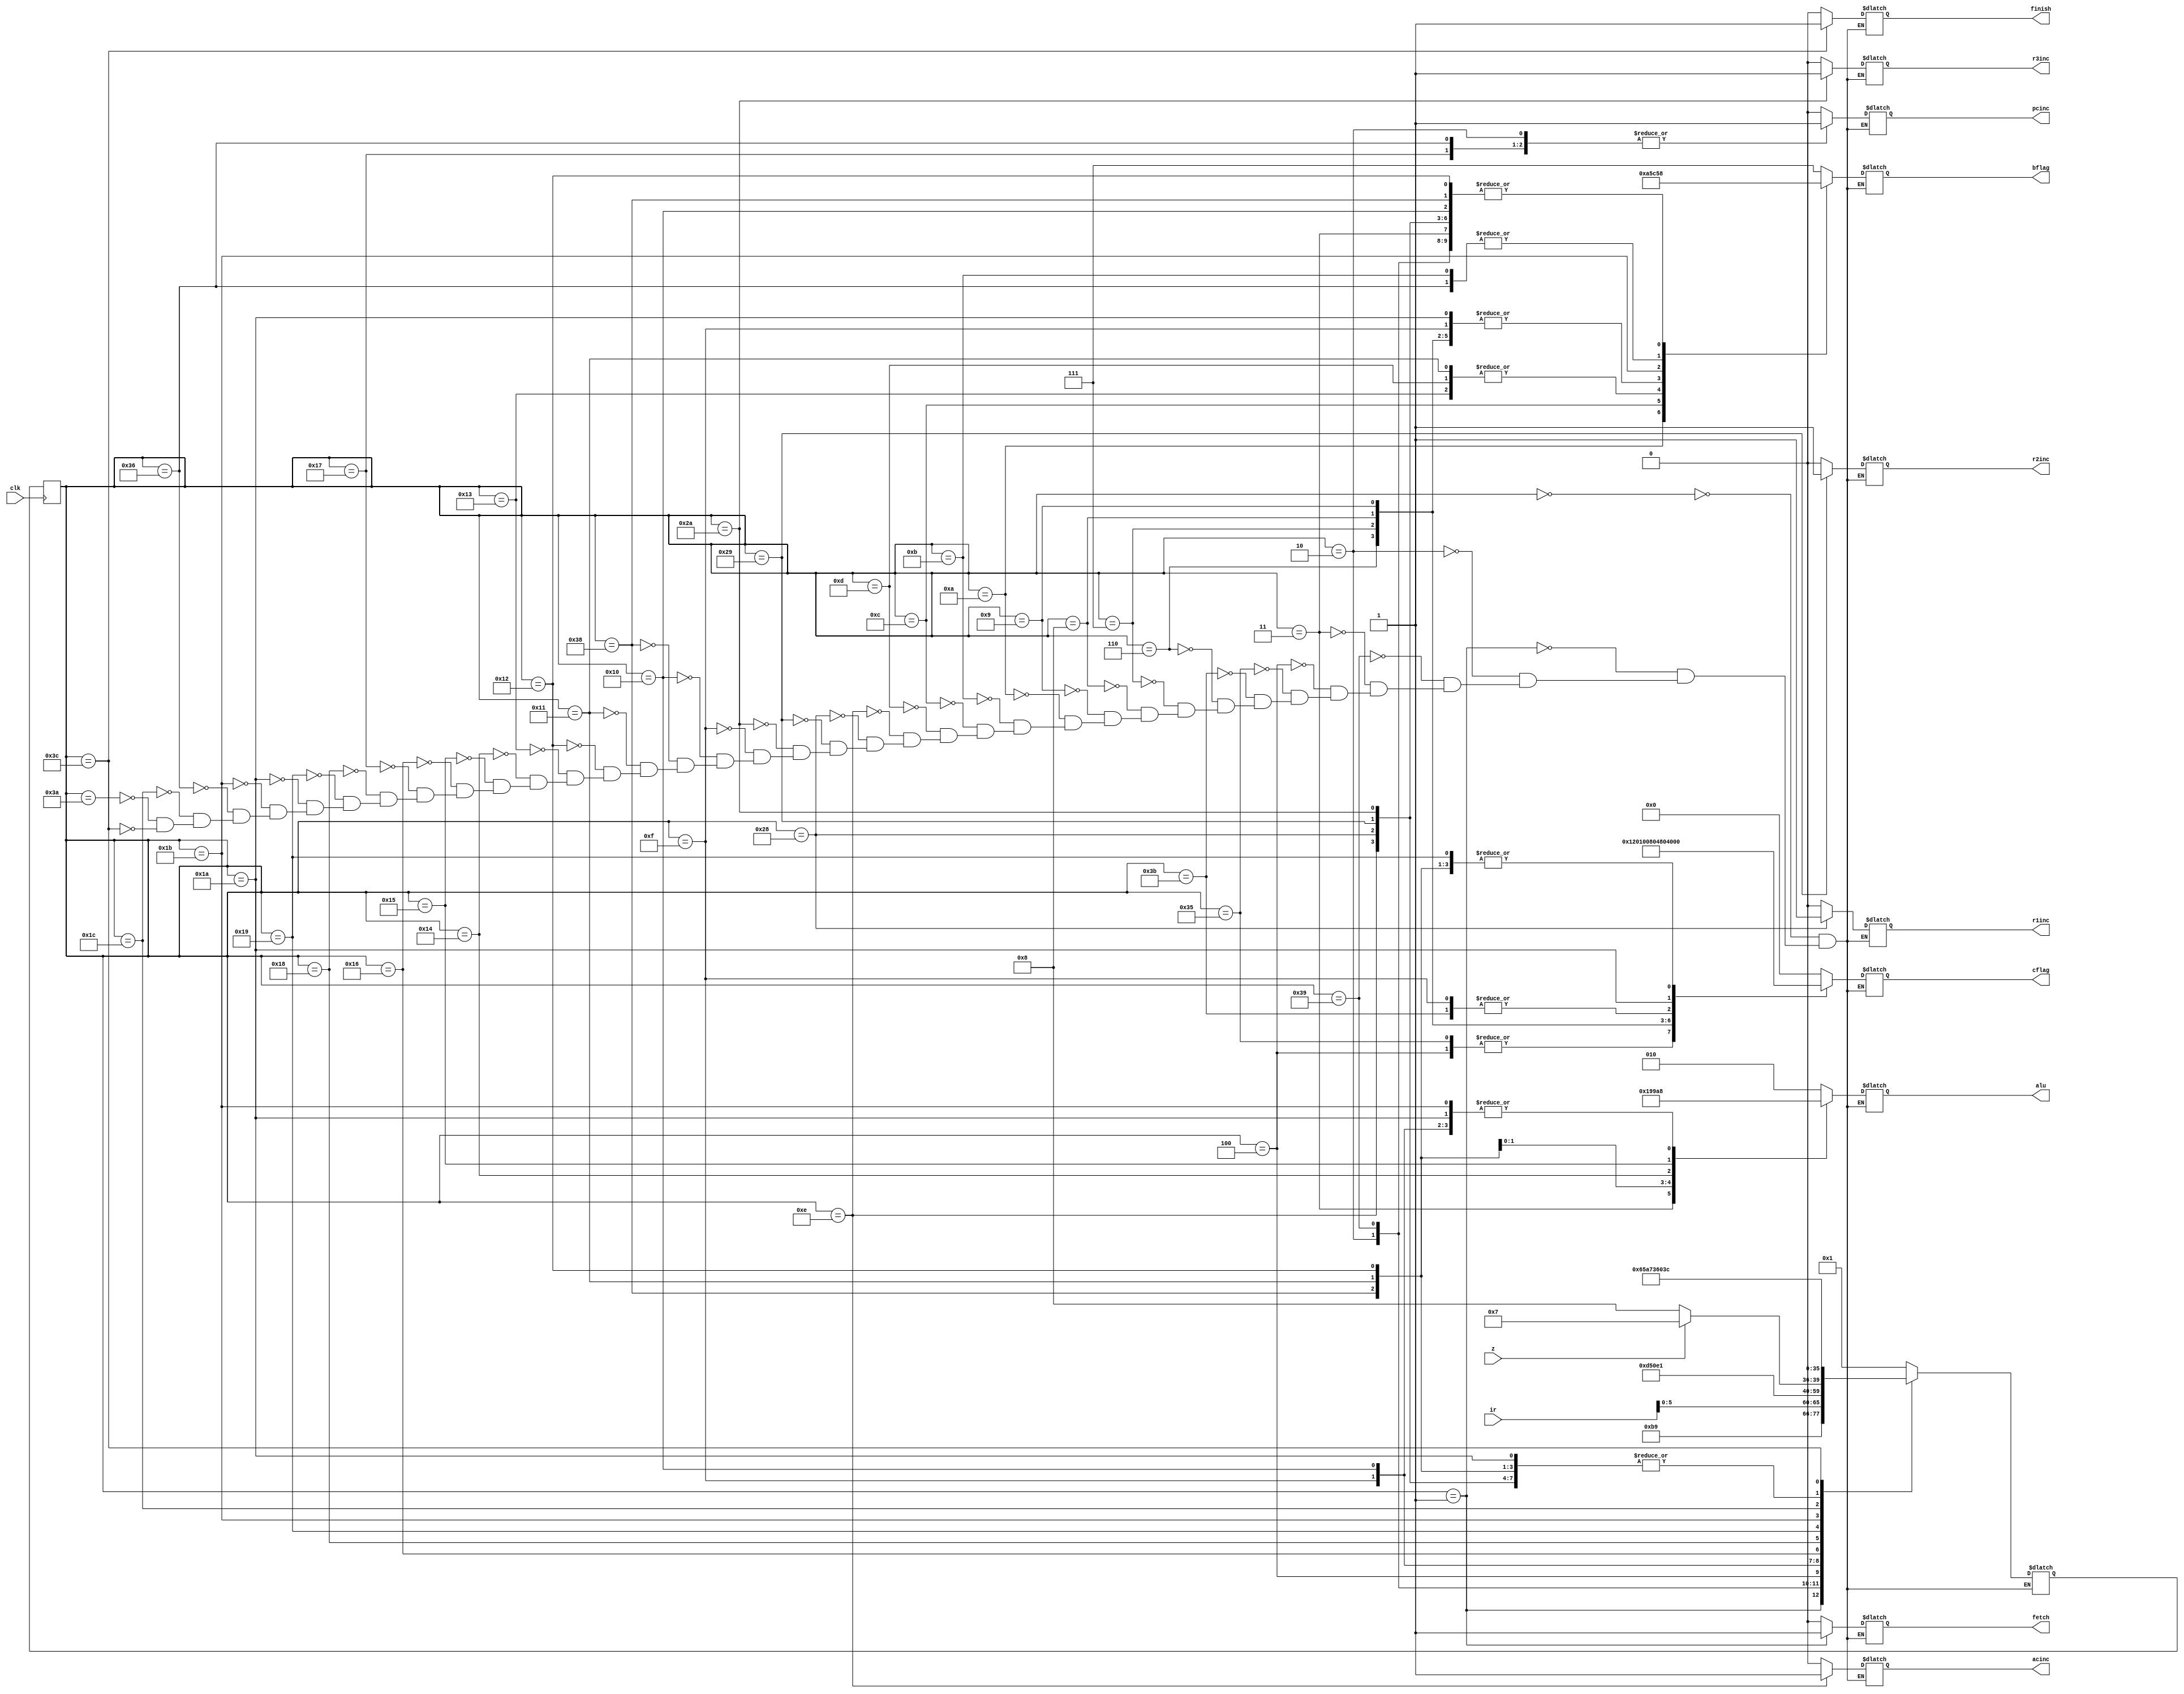
module state_machine(
	clk,
	z,
	ir,
	pcinc,
	r1inc,
	r2inc,
	r3inc,
	acinc,
	bflag,
	alu,
	fetch,
	cflag,
	finish);
	
 input clk; // clock
 input z;  // ALU zero or not
 input [7:0] ir; // instruction register
 output reg pcinc; // increase program counter by one
 output reg r1inc; // increase register1 by one
 output reg r2inc; // increase register2 by one
 output reg r3inc; // increase register3 by one
 output reg acinc; // increase accumulator register by one
 output reg fetch; // enable data write from bus to IR 
 output reg finish=0; // indicates end of processing state
 output reg [2:0] alu; // operator to the ALU
 output reg [2:0] bflag; // controls output to B bus through mux
 output reg [7:0] cflag; // write data to each of eight registers (AR,PC,R1,R2,R3,R,AC,M)
  
 reg [5:0] PS, NS = FETCH1; // PS: present state, NS: next state
  
 parameter 
 FETCH1  =6'd0, 
 FETCH2  =6'd1, 
 FETCH3  =6'd2, 
 FETCH4  =6'd57, 
 CLAC1   =6'd3, 
 MVACAR1  =6'd59, 
 STAC1   =6'd4, 
 STAC2   =6'd53, 
 MVACRI1  =6'd6, 
 MVACRII1  =6'd7, 
 MVACRIII1 =6'd8, 
 MVACR1  =6'd9, 
 MVRIAC1  =6'd10, 
 MVRIIAC1  =6'd11, 
 MVRIIIAC1 =6'd12, 
 MVRAC1  =6'd13, 
 INAC1     =6'd14, 
 INCR1   =6'd40, 
 INCR2   =6'd41, 
 INCR3   =6'd42,  
 LDAC1     =6'd15, 
 LDAC2     =6'd16, 
 LDAC3     =6'd56, 
 SUB1      =6'd17, 
 DECAC1   =6'd18, 
 ADD1    =6'd19, 
 DIV21    =6'd20, 
 BYTESHIFT1  =6'd21, 
 JUMPNZ1     =6'd22, 
 JUMPNZY1    =6'd23, 
 JUMPNZN1    =6'd24, 
 JUMPNZN2    =6'd25, 
 JUMPNZN3    =6'd26, 
 JUMPNZNSKIP =6'd55, 
 ADDM1       =6'd27, 
 ADDM2       =6'd28, 
 ADDMPC  =6'd54, 
 NOP   =6'd58, 
 END   =6'd60; 
  
 always@(negedge clk) PS<=NS; 
 
 always@(PS or z or ir) 
  case(PS)
   FETCH1:begin // instruction loaded to bus from IRAM
    pcinc<=0; 
    r1inc<=0; 
    r2inc<=0; 
    r3inc<=0; 
    acinc<=0; 
    fetch<=0; 
    finish<=0; 
    bflag<=3'd7; 
    alu<=3'd2; 
    cflag<=8'b00000000; 
    NS<=FETCH2; 
   end 
   FETCH2:begin // bus value written to IR
    pcinc<=0; 
    r1inc<=0; 
    r2inc<=0; 
	 r3inc<=0; 
    acinc<=0; 
    fetch<=1; 
    finish<=0; 
    bflag<=3'd7; 
    alu<=3'd2; 
    cflag<=8'b00000000; 
    NS<=FETCH3; 
   end 
   FETCH3:begin // program counter increased 
    pcinc<=1; 
    r1inc<=0; 
    r2inc<=0; 
    r3inc<=0; 
    acinc<=0; 
    fetch<=0; 
    finish<=0; 
    bflag<=3'd0; 
    alu<=3'd2; 
    cflag<=8'b00000000; 
    NS<=FETCH4; 
   end 
   FETCH4:begin // IR value loaded to state machine
    pcinc<=0; 
    r1inc<=0; 
    r2inc<=0; 
    r3inc<=0; 
    acinc<=0; 
    fetch<=0;  
	 finish<=0; 
    bflag<=3'd0; 
    alu<=3'd2; 
    cflag<=8'b00000000; 
    NS<=ir[5:0]; 
   end 
   CLAC1:begin // clears accumulator
    pcinc<=0; 
    r1inc<=0; 
    r2inc<=0; 
    r3inc<=0; 
    acinc<=0; 
    fetch<=0; 
    finish<=0; 
    bflag<=3'd0; 
    alu<=3'd3; 
    cflag<=8'b00000010; 
    NS<=FETCH1; 
   end 
   STAC1:begin // update AC from ALU output, 
    pcinc<=0; 
    r1inc<=0; 
    r2inc<=0; 
    r3inc<=0; 
    acinc<=0; 
    fetch<=0; 
    finish<=0; 
    bflag<=3'd6; 
    alu<=3'd0; 
    cflag<=8'b00000001; 
    NS<=STAC2; 
   end
	STAC2:begin // 
    pcinc<=0; 
    r1inc<=0; 
    r2inc<=0; 
    r3inc<=0; 
    acinc<=0; 
    fetch<=0; 
    finish<=0; 
    bflag<=3'd6; 
    alu<=3'd0; 
    cflag<=8'b00000001; 
    NS<=FETCH1; 
   end 
   MVACAR1:begin // 
    pcinc<=0; 
    r1inc<=0; 
    r2inc<=0; 
    r3inc<=0; 
    acinc<=0; 
    fetch<=0; 
    finish<=0; 
    bflag<=3'd6; 
    alu<=3'd0; 
	 cflag<=8'b10000000; 
    NS<=FETCH1; 
   end 
	MVACRI1:begin 
    pcinc<=0; 
    r1inc<=0; 
    r2inc<=0; 
    r3inc<=0; 
    acinc<=0; 
    fetch<=0; 
    finish<=0; 
    bflag<=3'd6; 
    alu<=3'd0; 
    cflag<=8'b00100000; 
    NS<=FETCH1; 
   end 
   MVACRII1:begin 
    pcinc<=0; 
    r1inc<=0; 
    r2inc<=0; 
    r3inc<=0; 
    acinc<=0; 
    fetch<=0; 
    finish<=0; 
    bflag<=3'd6; 
    alu<=3'd0; 
    cflag<=8'b00010000; 
    NS<=FETCH1; 
   end 
   MVACRIII1:begin 
    pcinc<=0; 
    r1inc<=0; 
	 r2inc<=0; 
    r3inc<=0; 
    acinc<=0; 
    fetch<=0; 
    finish<=0; 
    bflag<=3'd6; 
    alu<=3'd0; 
    cflag<=8'b00001000; 
    NS<=FETCH1; 
   end 
   MVACR1:begin 
    pcinc<=0; 
    r1inc<=0; 
    r2inc<=0; 
    r3inc<=0; 
    acinc<=0; 
    fetch<=0; 
    finish<=0; 
    bflag<=3'd6; 
    alu<=3'd0; 
    cflag<=8'b00000100; 
    NS<=FETCH1; 
   end 
   MVRIAC1:begin 
    pcinc<=0; 
    r1inc<=0; 
    r2inc<=0; 
    r3inc<=0; 
    acinc<=0; 
	 fetch<=0; 
    finish<=0; 
    bflag<=3'd2; 
    alu<=3'd2; 
    cflag<=8'b00000010; 
    NS<=FETCH1; 
   end 
   MVRIIAC1:begin 
    pcinc<=0; 
    r1inc<=0; 
    r2inc<=0; 
    r3inc<=0; 
    acinc<=0; 
    fetch<=0; 
    finish<=0; 
    bflag<=3'd3; 
    alu<=3'd2; 
    cflag<=8'b00000010; 
    NS<=FETCH1; 
   end 
   MVRIIIAC1:begin 
    pcinc<=0; 
    r1inc<=0; 
    r2inc<=0; 
    r3inc<=0; 
    acinc<=0; 
    fetch<=0; 
    finish<=0; 
    bflag<=3'd4; 
	 alu<=3'd2; 
    cflag<=8'b00000010; 
    NS<=FETCH1; 
   end 
   MVRAC1:begin 
    pcinc<=0; 
    r1inc<=0; 
    r2inc<=0; 
    r3inc<=0; 
    acinc<=0; 
    fetch<=0; 
    finish<=0; 
    bflag<=3'd5; 
    alu<=3'd2; 
    cflag<=8'b00000010; 
    NS<=FETCH1; 
   end 
   INAC1:begin 
    pcinc<=0; 
    r1inc<=0; 
    r2inc<=0; 
    r3inc<=0; 
    acinc<=1; 
    fetch<=0; 
    finish<=0; 
    bflag<=3'd0; 
    alu<=3'd0; 
    cflag<=8'b00000000; 
    NS<=FETCH1; 
	 end 
   INCR1:begin 
    pcinc<=0; 
    r1inc<=1; 
    r2inc<=0; 
    r3inc<=0; 
    acinc<=0; 
    fetch<=0; 
    finish<=0; 
    bflag<=3'd0; 
    alu<=3'd0; 
    cflag<=8'b00000000; 
    NS<=FETCH1; 
   end 
   INCR2:begin 
    pcinc<=0; 
    r1inc<=0; 
    r2inc<=1; 
    r3inc<=0; 
    acinc<=0; 
    fetch<=0; 
    finish<=0; 
    bflag<=3'd0; 
    alu<=3'd0; 
    cflag<=8'b00000000; 
    NS<=FETCH1; 
   end 
   INCR3:begin 
    pcinc<=0; 
	 r1inc<=0; 
    r2inc<=0; 
    r3inc<=1; 
    acinc<=0; 
    fetch<=0; 
    finish<=0; 
    bflag<=3'd0; 
    alu<=3'd0; 
    cflag<=8'b00000000; 
    NS<=FETCH1; 
   end 
   LDAC1:begin 
    pcinc<=0; 
    r1inc<=0; 
    r2inc<=0; 
    r3inc<=0; 
    acinc<=0; 
    fetch<=0; 
    finish<=0; 
    bflag<=3'd6; 
    alu<=3'd0; 
    cflag<=8'b10000000; 
    NS<=LDAC2; 
   end 
   LDAC2:begin 
    pcinc<=0; 
    r1inc<=0; 
    r2inc<=0; 
    r3inc<=0; 
	 acinc<=0; 
    fetch<=0; 
    finish<=0; 
    bflag<=3'd0; 
    alu<=3'd0; 
    cflag<=8'b00000000; 
    NS<=LDAC3; 
   end 
   LDAC3:begin 
    pcinc<=0; 
    r1inc<=0; 
    r2inc<=0; 
    r3inc<=0; 
    acinc<=0; 
    fetch<=0; 
    finish<=0; 
    bflag<=3'd0; 
    alu<=3'd2; 
    cflag<=8'b00000010; 
    NS<=FETCH1; 
   end 
   SUB1:begin 
    pcinc<=0; 
    r1inc<=0; 
    r2inc<=0; 
    r3inc<=0; 
    acinc<=0; 
     
    fetch<=0; 
	 finish<=0; 
    bflag<=3'd5; 
    alu<=3'd1; 
    cflag<=8'b00000010; 
    NS<=FETCH1; 
   end 
   DECAC1:begin 
    pcinc<=0; 
    r1inc<=0; 
    r2inc<=0; 
    r3inc<=0; 
    acinc<=0; 
    fetch<=0; 
    finish<=0; 
    bflag<=3'd0; 
    alu<=3'd4; 
    cflag<=8'b00000010; 
    NS<=FETCH1; 
   end 
   ADD1:begin 
    pcinc<=0; 
    r1inc<=0; 
    r2inc<=0; 
    r3inc<=0; 
    acinc<=0; 
    fetch<=0; 
    finish<=0; 
    bflag<=3'd5; 
    alu<=3'd0; 
	 cflag<=8'b00000010; 
    NS<=FETCH1; 
   end 
   DIV21:begin 
    pcinc<=0; 
    r1inc<=0; 
    r2inc<=0; 
    r3inc<=0; 
    acinc<=0; 
    fetch<=0; 
    finish<=0; 
    bflag<=3'd0; 
    alu<=3'd6; 
    cflag<=8'b00000010; 
    NS<=FETCH1; 
   end 
   BYTESHIFT1:begin 
    pcinc<=0; 
    r1inc<=0; 
    r2inc<=0; 
    r3inc<=0; 
    acinc<=0; 
    fetch<=0; 
    finish<=0; 
    bflag<=3'd0; 
    alu<=3'd5; 
    cflag<=8'b00000010; 
    NS<=FETCH1; 
   end 
	JUMPNZ1:begin 
    pcinc<=0; 
    r1inc<=0; 
    r2inc<=0; 
    r3inc<=0; 
    acinc<=0; 
    fetch<=0; 
    finish<=0; 
    bflag<=3'd0; 
    alu<=3'd2; 
    cflag<=8'b00000000; 
    if(z)NS<=JUMPNZY1; 
    else NS<=JUMPNZN1; 
   end 
   JUMPNZY1:begin 
    pcinc<=1; 
    r1inc<=0; 
    r2inc<=0; 
    r3inc<=0; 
    acinc<=0; 
    fetch<=0; 
    finish<=0; 
    bflag<=3'd0; 
    alu<=3'd2; 
    cflag<=8'b00000000; 
    NS<=FETCH1; 
   end 
   JUMPNZN1:begin 
    pcinc<=0; 
	 r1inc<=0; 
    r2inc<=0; 
    r3inc<=0; 
    acinc<=0; 
    fetch<=0; 
    finish<=0; 
    bflag<=3'd7; 
    alu<=3'd0; 
    cflag<=8'b00000000; 
    NS<=JUMPNZN2; 
   end 
   JUMPNZN2:begin 
    pcinc<=0; 
    r1inc<=0; 
    r2inc<=0; 
    r3inc<=0; 
    acinc<=0; 
    fetch<=0; 
    finish<=0; 
    bflag<=3'd7; 
    alu<=3'd2; 
    cflag<=8'b00000010; 
    NS<=JUMPNZN3; 
   end 
   JUMPNZN3:begin 
    pcinc<=0; 
    r1inc<=0; 
    r2inc<=0; 
    r3inc<=0; 
	 acinc<=0; 
    fetch<=0; 
    finish<=0; 
    bflag<=3'd6; 
    alu<=3'd0; 
    cflag<=8'b01000000; 
    NS<=FETCH1; 
   end 
   ADDM1:begin 
    pcinc<=0; 
    r1inc<=0; 
    r2inc<=0; 
    r3inc<=0; 
    acinc<=0; 
    fetch<=0; 
    finish<=0; 
    bflag<=3'd1; 
    alu<=3'd0; 
    cflag<=8'b00000000; 
    NS<=ADDM2; 
   end 
   ADDMPC:begin 
    pcinc<=1; 
    r1inc<=0; 
    r2inc<=0; 
    r3inc<=0; 
    acinc<=0; 
    fetch<=0; 
    finish<=0; 
	 bflag<=3'd3; 
    alu<=3'd0; 
    cflag<=8'b00000000; 
    NS<=FETCH1; 
   end 
   ADDM2:begin 
    pcinc<=0; 
    r1inc<=0; 
    r2inc<=0; 
    r3inc<=0; 
    acinc<=0; 
    fetch<=0; 
    finish<=0; 
    bflag<=3'd7; 
    alu<=3'd0; 
    cflag<=8'b00000010; 
    NS<=ADDMPC; 
   end 
   NOP:begin 
    pcinc<=0; 
    r1inc<=0; 
    r2inc<=0; 
    r3inc<=0; 
    acinc<=0; 
    fetch<=0; 
    finish<=0; 
    bflag<=3'd0; 
    alu<=3'd0; 
    cflag<=8'b00000000; 
	 NS<=FETCH1; 
   end 
   END:begin 
    pcinc<=0; 
    r1inc<=0; 
    r2inc<=0; 
    r3inc<=0; 
    acinc<=0; 
    fetch<=0; 
    finish<=1; 
    bflag<=3'd0; 
    alu<=3'd0; 
    cflag<=8'b00000000; 
    NS<=END; 
   end    
    
  endcase 
endmodule